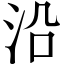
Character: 沿